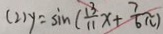
( 2 ) y = \sin ( \frac { 1 3 } { 1 1 } x + \frac { 7 } { 6 } \pi )